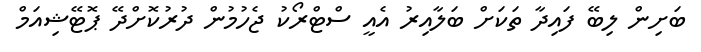
ބަށިން ލިބޭ ފައިދާ ތަކަށް ބަލާއިރު އެއީ ސްޓްރޯކު ޖެހުމުން ދުރުކޮށްދޭ ޕޮޓޭޝިއަމް